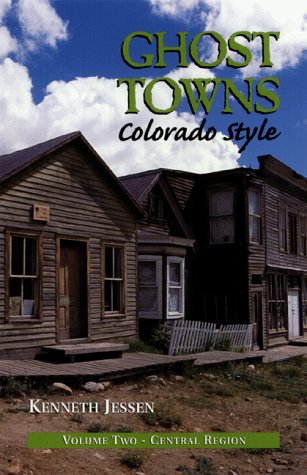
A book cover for Ghost Towns, Colorado Style: Central Region; Kenneth Jessen; Travel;